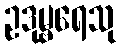
ဥဒုမ္ဗရေသု